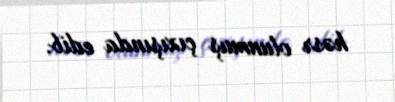
həsr olunmuş çıxışında edib.